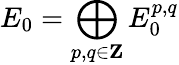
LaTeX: E_{0}=\bigoplus_{p,q\in\mathbf{Z}}E_{0}^{p,q}